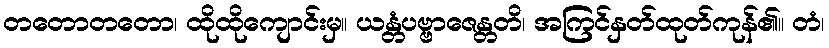
တတောတတော၊ ထိုထိုကျောင်းမှ။ ယန္တံပဗ္ဗာဇေန္တတိ၊ အကြင်နှတ်ထုတ်ကုန်၏။ တံ၊